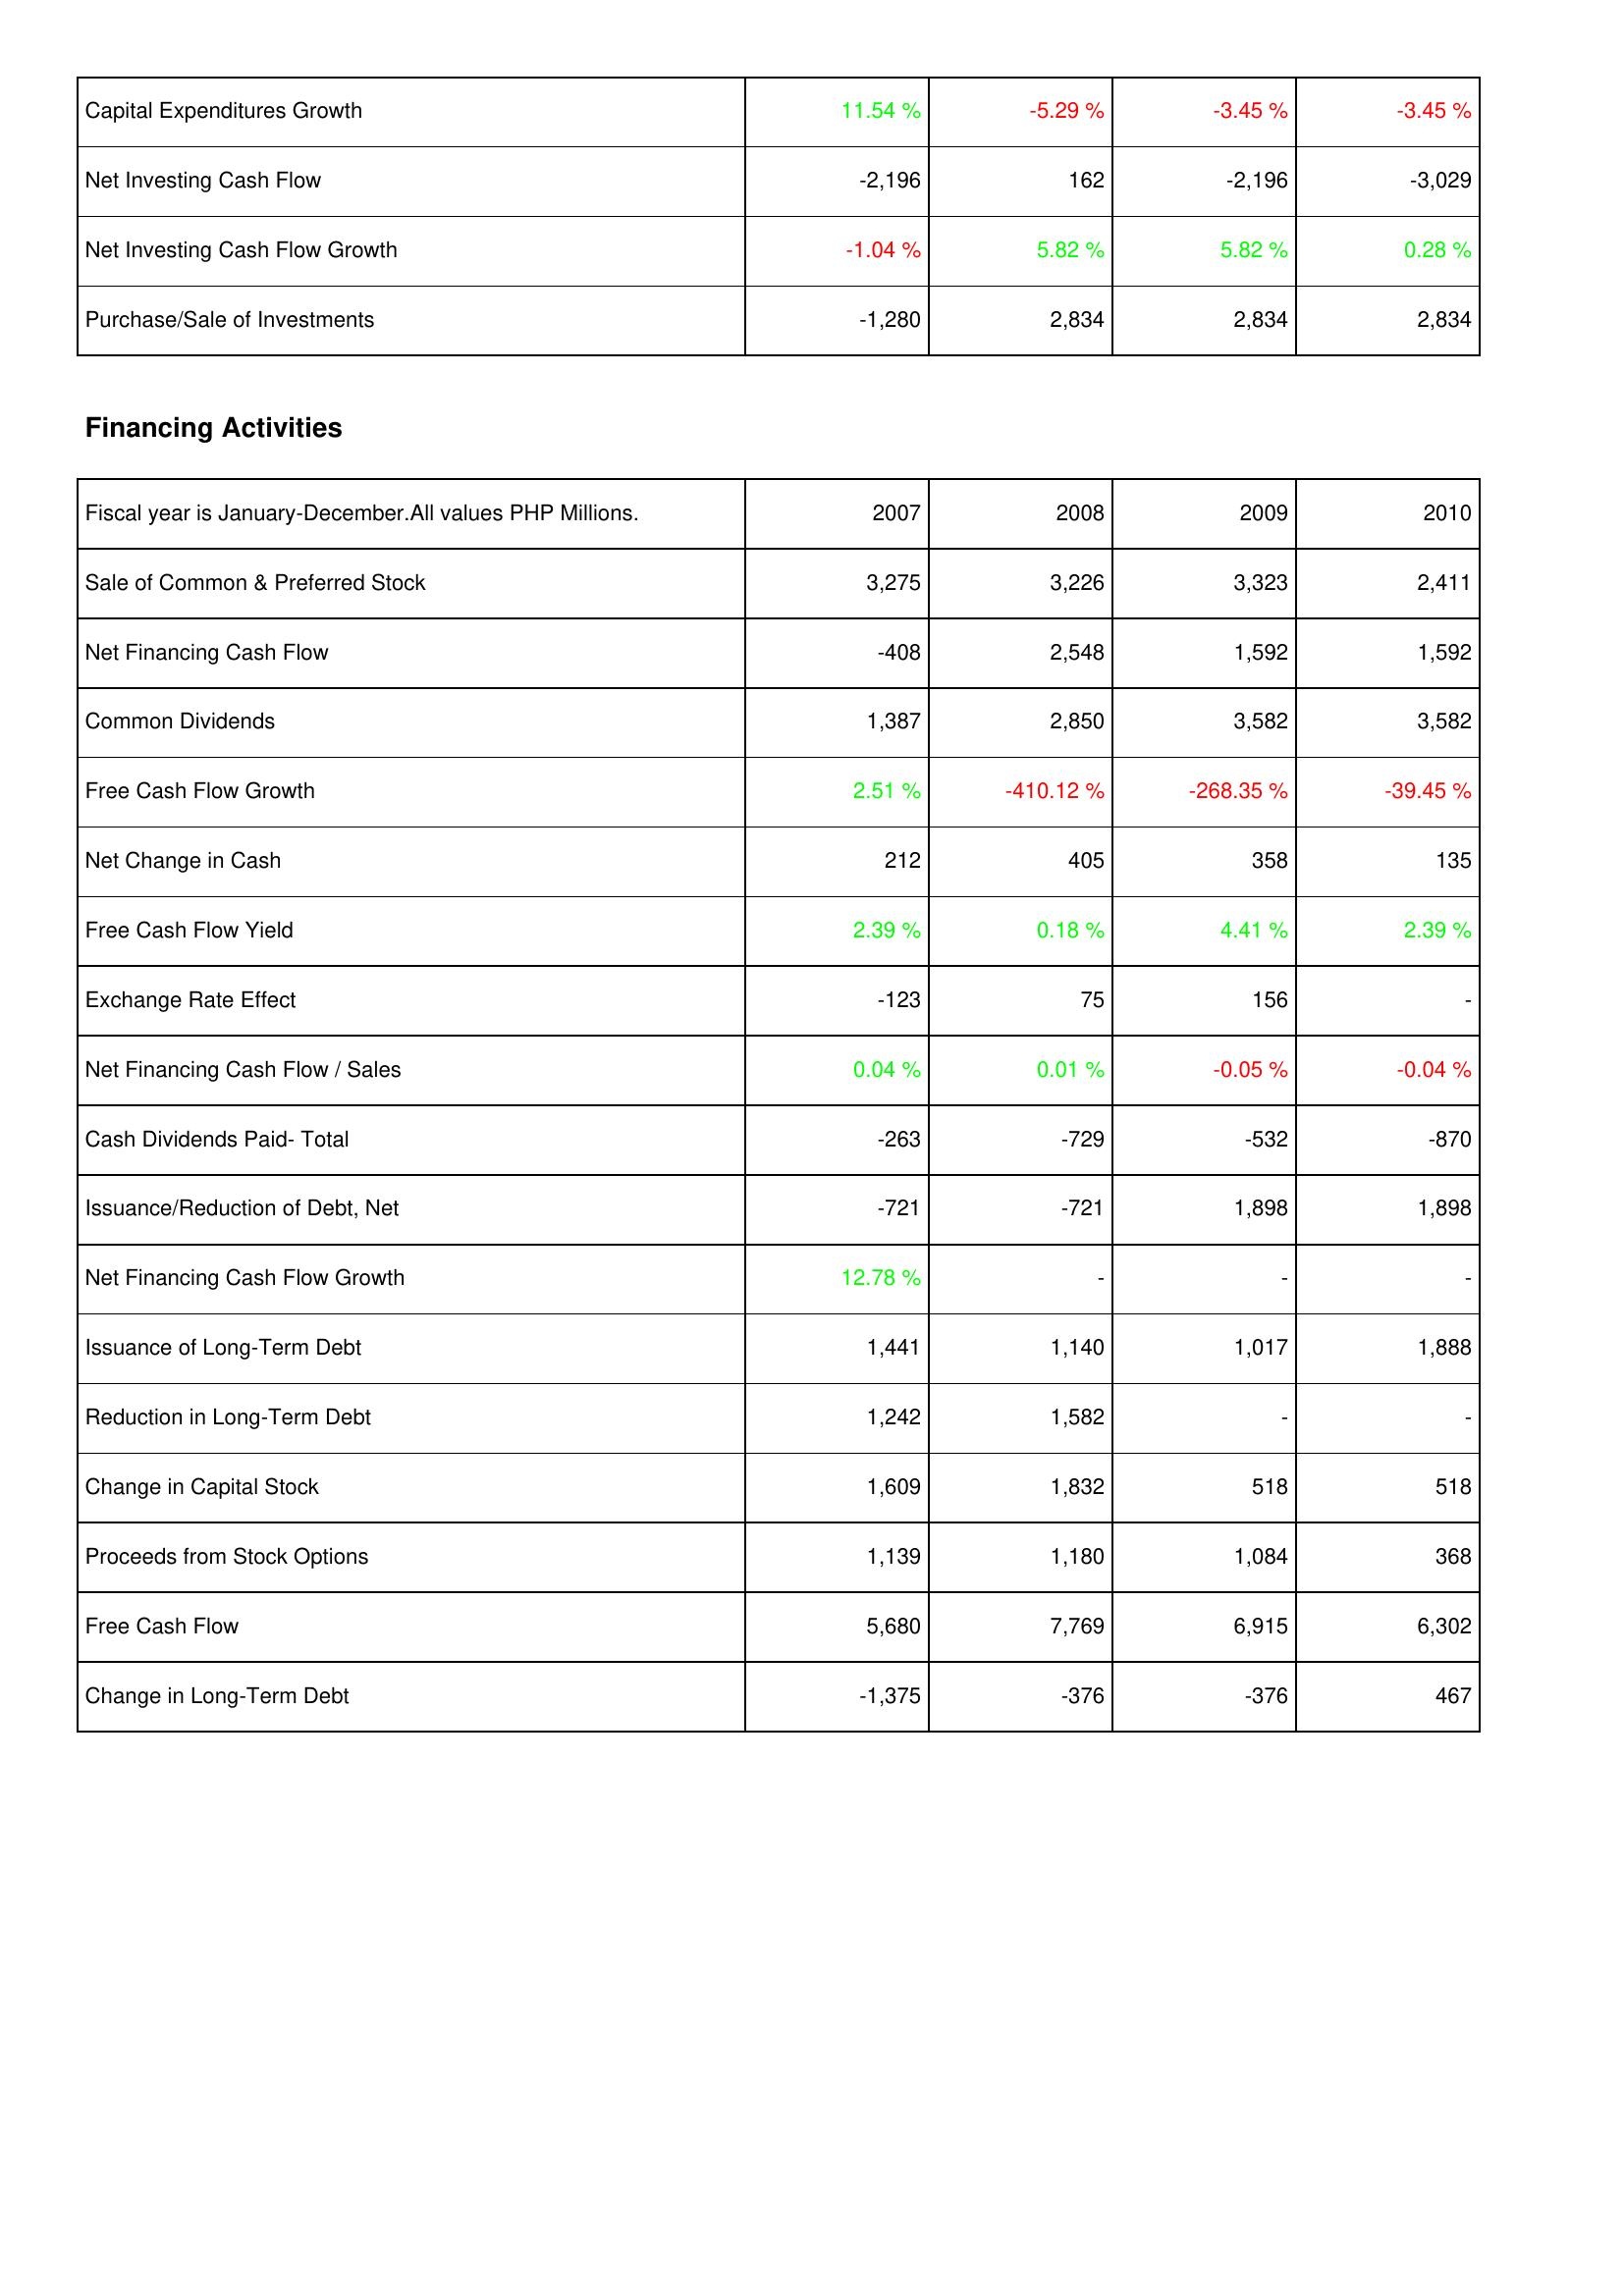
2007: Investing Activities: Capital Expenditures Growth: 11.54 %
Net Investing Cash Flow: -2,196
Net Investing Cash Flow Growth: -1.04 %
Purchase/Sale of Investments: -1,280
Financing Activities: Sale of Common & Preferred Stock: 3,275
Net Financing Cash Flow: -408
Common Dividends: 1,387
Free Cash Flow Growth: 2.51 %
Net Change in Cash: 212
Free Cash Flow Yield: 2.39 %
Exchange Rate Effect: -123
Net Financing Cash Flow / Sales: 0.04 %
Cash Dividends Paid- Total: -263
Issuance/Reduction of Debt, Net: -721
Net Financing Cash Flow Growth: 12.78 %
Issuance of Long-Term Debt: 1,441
Reduction in Long-Term Debt: 1,242
Change in Capital Stock: 1,609
Proceeds from Stock Options: 1,139
Free Cash Flow: 5,680
Change in Long-Term Debt: -1,375
2008: Investing Activities: Capital Expenditures Growth: -5.29 %
Net Investing Cash Flow: 162
Net Investing Cash Flow Growth: 5.82 %
Purchase/Sale of Investments: 2,834
Financing Activities: Sale of Common & Preferred Stock: 3,226
Net Financing Cash Flow: 2,548
Common Dividends: 2,850
Free Cash Flow Growth: -410.12 %
Net Change in Cash: 405
Free Cash Flow Yield: 0.18 %
Exchange Rate Effect: 75
Net Financing Cash Flow / Sales: 0.01 %
Cash Dividends Paid- Total: -729
Issuance/Reduction of Debt, Net: -721
Net Financing Cash Flow Growth: -
Issuance of Long-Term Debt: 1,140
Reduction in Long-Term Debt: 1,582
Change in Capital Stock: 1,832
Proceeds from Stock Options: 1,180
Free Cash Flow: 7,769
Change in Long-Term Debt: -376
2009: Investing Activities: Capital Expenditures Growth: -3.45 %
Net Investing Cash Flow: -2,196
Net Investing Cash Flow Growth: 5.82 %
Purchase/Sale of Investments: 2,834
Financing Activities: Sale of Common & Preferred Stock: 3,323
Net Financing Cash Flow: 1,592
Common Dividends: 3,582
Free Cash Flow Growth: -268.35 %
Net Change in Cash: 358
Free Cash Flow Yield: 4.41 %
Exchange Rate Effect: 156
Net Financing Cash Flow / Sales: -0.05 %
Cash Dividends Paid- Total: -532
Issuance/Reduction of Debt, Net: 1,898
Net Financing Cash Flow Growth: -
Issuance of Long-Term Debt: 1,017
Reduction in Long-Term Debt: -
Change in Capital Stock: 518
Proceeds from Stock Options: 1,084
Free Cash Flow: 6,915
Change in Long-Term Debt: -376
2010: Investing Activities: Capital Expenditures Growth: -3.45 %
Net Investing Cash Flow: -3,029
Net Investing Cash Flow Growth: 0.28 %
Purchase/Sale of Investments: 2,834
Financing Activities: Sale of Common & Preferred Stock: 2,411
Net Financing Cash Flow: 1,592
Common Dividends: 3,582
Free Cash Flow Growth: -39.45 %
Net Change in Cash: 135
Free Cash Flow Yield: 2.39 %
Exchange Rate Effect: -
Net Financing Cash Flow / Sales: -0.04 %
Cash Dividends Paid- Total: -870
Issuance/Reduction of Debt, Net: 1,898
Net Financing Cash Flow Growth: -
Issuance of Long-Term Debt: 1,888
Reduction in Long-Term Debt: -
Change in Capital Stock: 518
Proceeds from Stock Options: 368
Free Cash Flow: 6,302
Change in Long-Term Debt: 467